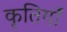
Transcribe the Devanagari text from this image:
कृतियॉं